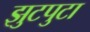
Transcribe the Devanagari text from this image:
झुटपुटा